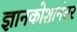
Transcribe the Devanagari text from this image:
ज्ञानकोशानंतर